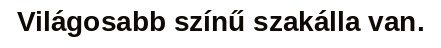
Világosabb színű szakálla van.